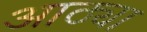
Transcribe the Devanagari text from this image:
आठ्या